Report of the Municipal Commissioner on the plague in Bombay for the year ending 31st May... - Volume 1
Disease focus: Plague
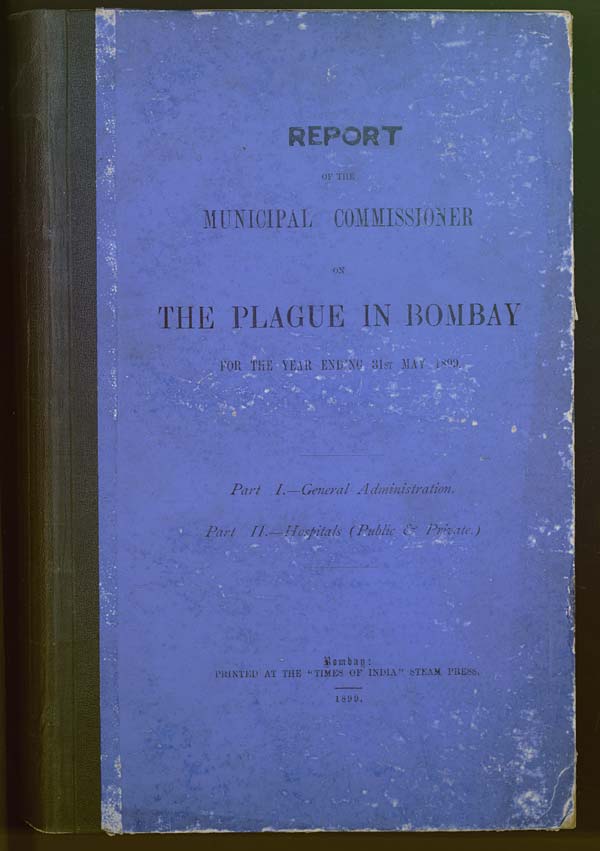
REPORT
OF THE
MUNICIPAL COMMISSIONER
ON
THE PLAGUE IN BOMBAY
FOR THE YEAR ENDING 31ST MAY 1899.
Part I.—General Administration.
Part II.—Hospitals (Public & Private.)
Bombay:
PRINTED AT THE "TIMES OF INDIA" STEAM PRESS.
1899.